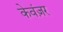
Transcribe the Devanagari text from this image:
केवंज़र